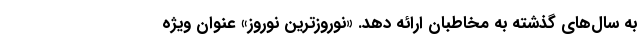
به سال‌های گذشته به مخاطبان ارائه دهد. «نوروزترین نوروز» عنوان ویژه